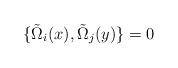
LaTeX: \begin{align*}\{\tilde{\Omega}_{i}(x),\tilde{\Omega}_{j}(y)\}=0 \end{align*}